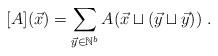
LaTeX: \begin{align*}[A](\vec{x}) = \sum_{\vec{y}\in \mathbb{N}^b} A(\vec{x}\sqcup (\vec{y} \sqcup\vec{y}))\;.\end{align*}